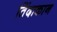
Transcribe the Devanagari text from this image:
तिंदाकान